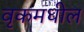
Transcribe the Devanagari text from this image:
वृकमधील